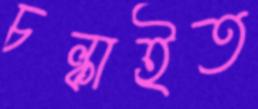
চল্‌কাইত